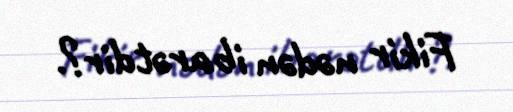
Fikir nədən ibarətdir?.